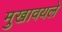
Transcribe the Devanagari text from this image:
मुखावयले